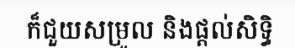
ក៏ជួយសម្រួល និងផ្តល់សិទ្ធិ